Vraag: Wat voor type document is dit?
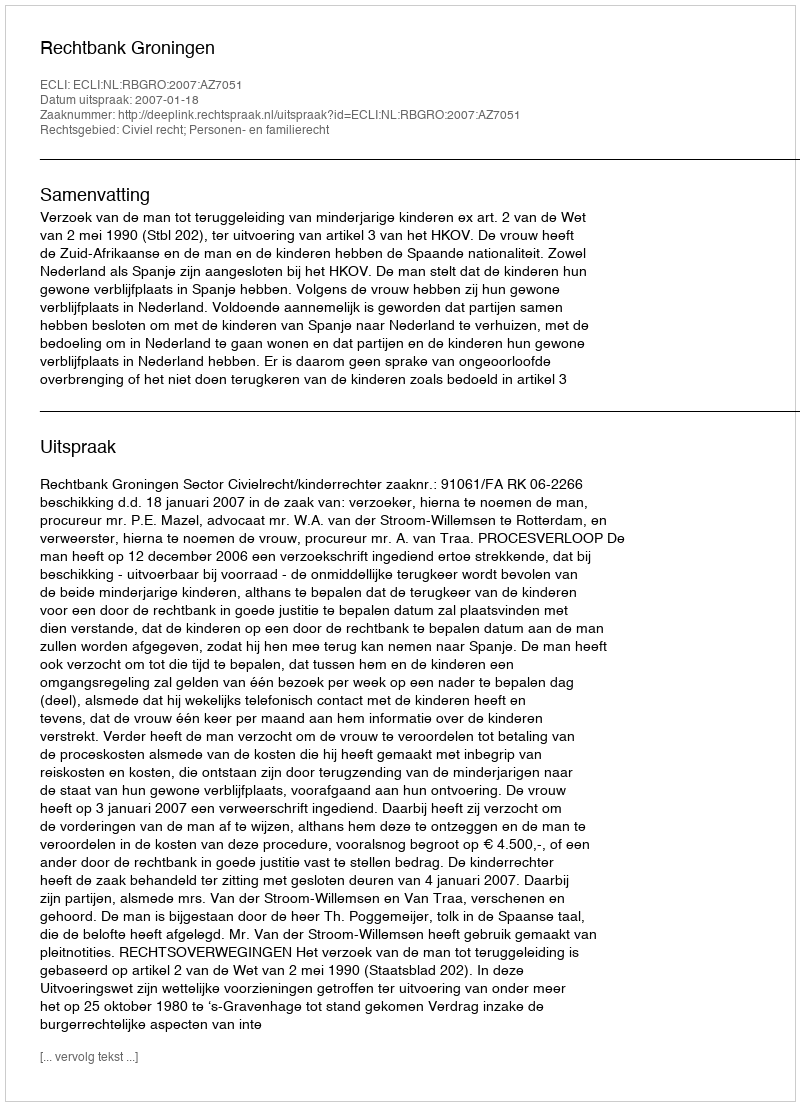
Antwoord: Uitspraak